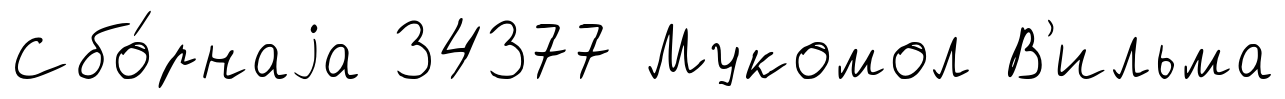
Сбо́рнаjа 34377 Мукомол В'ильма